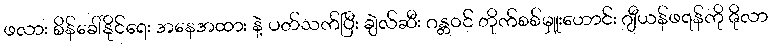
ဖလား စိန်ခေါ်နိုင်ရေး အနေအထား နဲ့ ပတ်သက်ပြီး ချဲလ်ဆီး ဂန္တဝင် တိုက်စစ်မှူးဟောင်း ဂျီယန်ဖရန်ကို ဇိုလာ